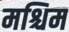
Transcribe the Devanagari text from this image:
मश्चिम